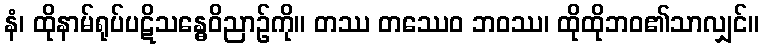
နံ၊ ထိုနာမ်ရုပ်ပဋိသန္ဓေဝိညာဉ်ကို။ တဿ တဿေဝ ဘဝဿ၊ ထိုထိုဘဝ၏သာလျှင်။